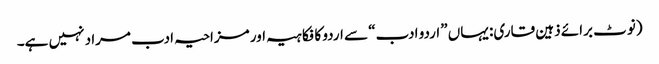
(نوٹ برائے ذہین قاری: یہاں ”اردو ادب“ سے اردو کا فکاہیہ اور مزاحیہ ادب مراد نہیں ہے۔